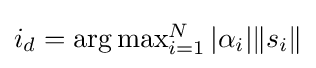
{\textstyle i_{d}=\arg \max _{i=1}^{N}|\alpha _{i}|\|s_{i}\|}